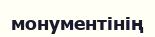
монументінің